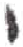
אות: י